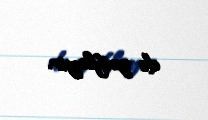
də zəifləyir.